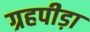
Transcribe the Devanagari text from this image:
ग्रहपीड़ा